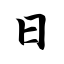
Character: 日